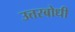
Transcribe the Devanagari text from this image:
उत्तरबोधी